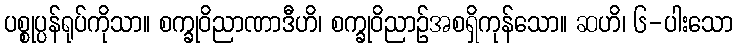
ပစ္စုပ္ပန်ရုပ်ကိုသာ။ စက္ခုဝိညာဏာဒီဟိ၊ စက္ခုဝိညာဉ်အစရှိကုန်သော။ ဆဟိ၊ ၆-ပါးသော